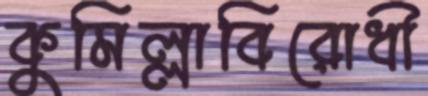
কুমিল্লাবিরোধী